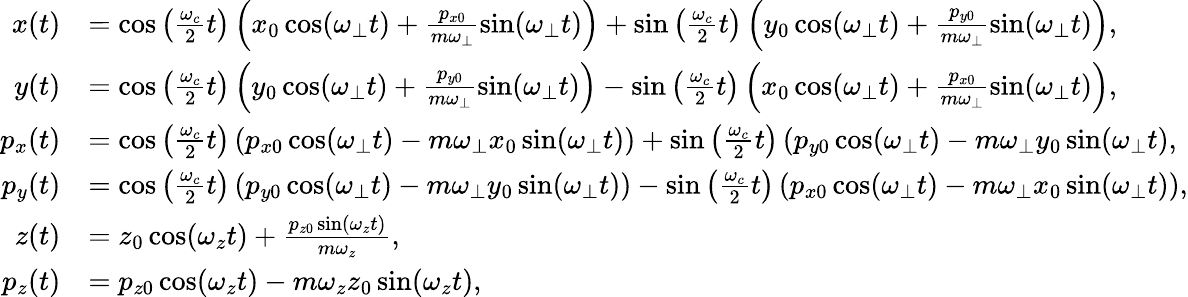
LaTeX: \begin{array}{rl}{x(t)}&{=\cos\left(\frac{\omega_{c}}{2}t\right)\left(x_{0}\cos(\omega_{\perp}t)+\frac{p_{x0}}{m\omega_{\perp}}\sin(\omega_{\perp}t)\right)+\sin\left(\frac{\omega_{c}}{2}t\right)\left(y_{0}\cos(\omega_{\perp}t)+\frac{p_{y0}}{m\omega_{\perp}}\sin(\omega_{\perp}t)\right),}\\ {y(t)}&{=\cos\left(\frac{\omega_{c}}{2}t\right)\left(y_{0}\cos(\omega_{\perp}t)+\frac{p_{y0}}{m\omega_{\perp}}\sin(\omega_{\perp}t)\right)-\sin\left(\frac{\omega_{c}}{2}t\right)\left(x_{0}\cos(\omega_{\perp}t)+\frac{p_{x0}}{m\omega_{\perp}}\sin(\omega_{\perp}t)\right),}\\ {p_{x}(t)}&{=\cos\left(\frac{\omega_{c}}{2}t\right)\left(p_{x0}\cos(\omega_{\perp}t)-m\omega_{\perp}x_{0}\sin(\omega_{\perp}t)\right)+\sin\left(\frac{\omega_{c}}{2}t\right)\left(p_{y0}\cos(\omega_{\perp}t)-m\omega_{\perp}y_{0}\sin(\omega_{\perp}t\right),}\\ {p_{y}(t)}&{=\cos\left(\frac{\omega_{c}}{2}t\right)\left(p_{y0}\cos(\omega_{\perp}t)-m\omega_{\perp}y_{0}\sin(\omega_{\perp}t)\right)-\sin\left(\frac{\omega_{c}}{2}t\right)\left(p_{x0}\cos(\omega_{\perp}t)-m\omega_{\perp}x_{0}\sin(\omega_{\perp}t)\right),}\\ {z(t)}&{=z_{0}\cos(\omega_{z}t)+\frac{p_{z0}\sin(\omega_{z}t)}{m\omega_{z}},}\\ {p_{z}(t)}&{=p_{z0}\cos(\omega_{z}t)-m\omega_{z}z_{0}\sin(\omega_{z}t),}\end{array}